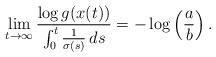
LaTeX: \begin{align*} \lim_{t\to\infty} \frac{\log g(x(t))}{\int_0^t\frac{1}{\sigma(s)}\,ds} = -\log\left(\frac{a}{b}\right).\end{align*}